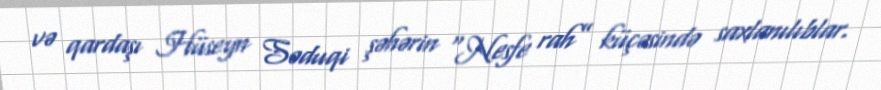
və qardaşı Hüseyn Səduqi şəhərin “Nesfe rah” küçəsində saxlanılıblar.